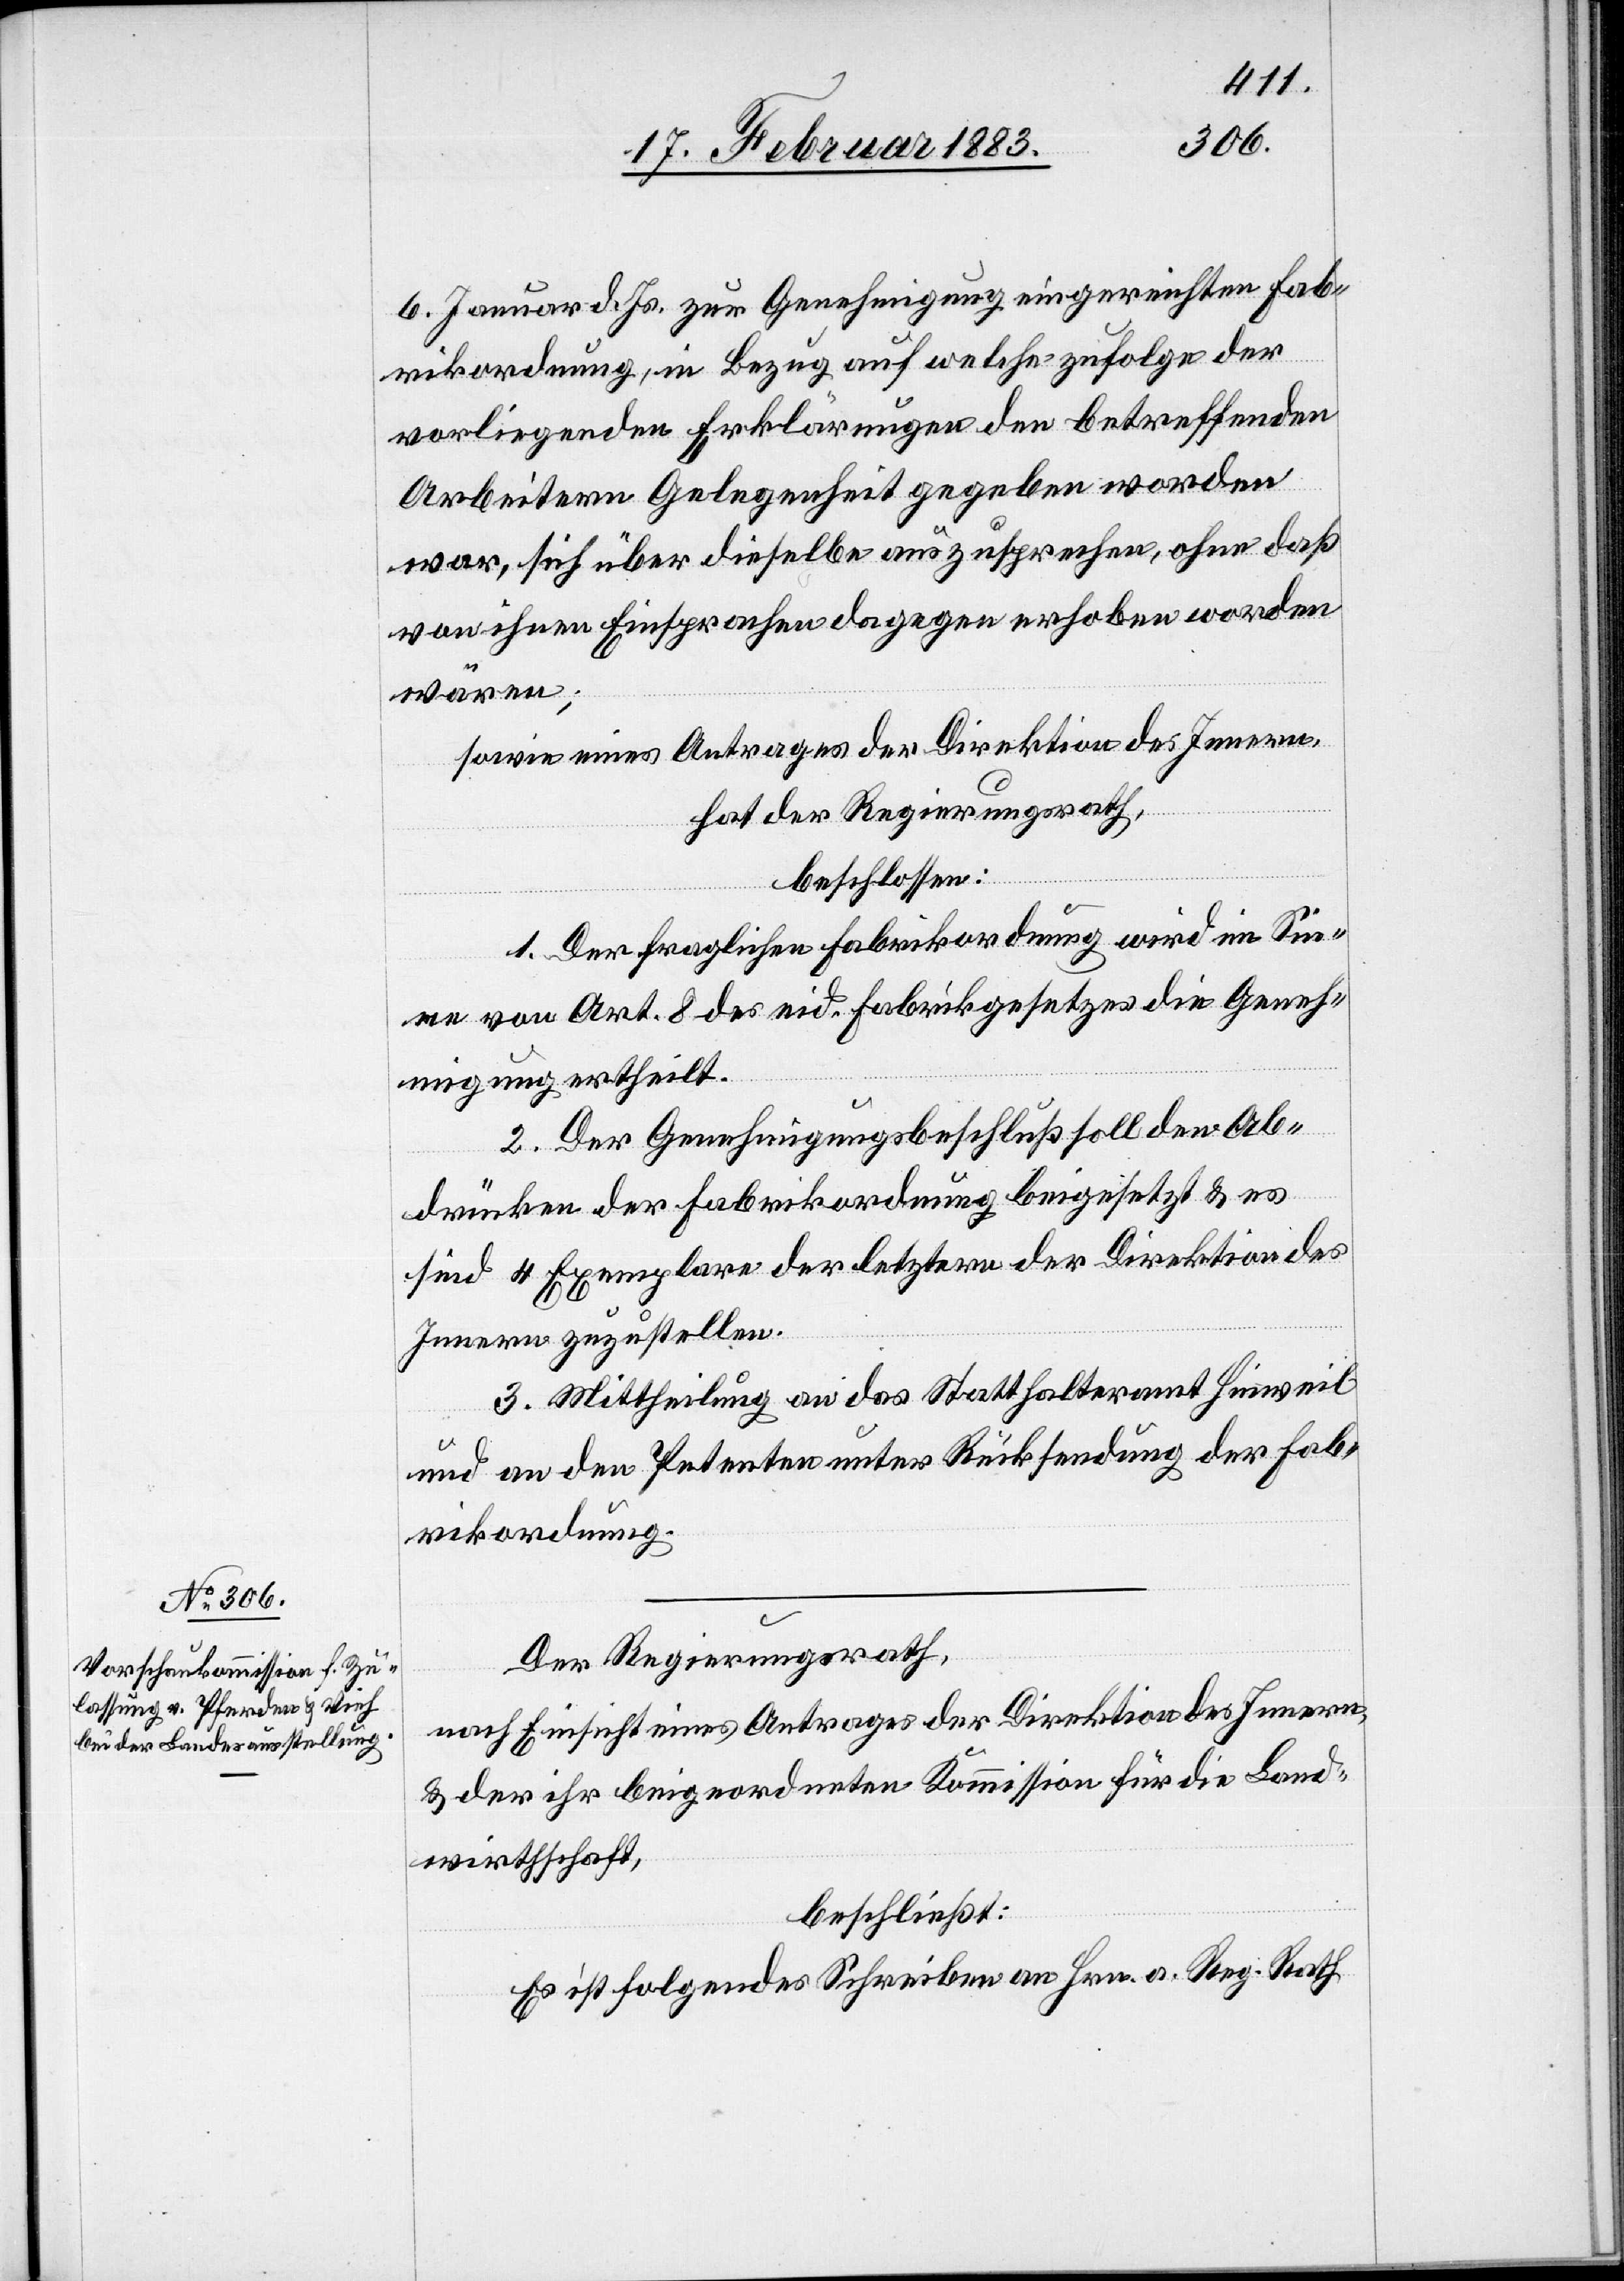
6. Januar d. Js. zur Genehmigung eingereichten Fab¬
rikordnung, in Bezug auf welche zufolge der
vorliegenden Erklärungen den betreffenden
Arbeitern Gelegenheit gegeben worden
war, sich über dieselbe auszusprechen, ohne daß
von ihnen Einsprachen dagegen erhoben worden
wären;
sowie eines Antrages der Direktion des Innern,
hat der Regierungsrath,
beschlossen:
1. Der fraglichen Fabrikordnung wird im Sin¬
ne von Art. 8 des eid. Fabrikgesetzes die Geneh¬
migung ertheilt.
2. Der Genehmigungsbeschluß soll den Ab¬
drücken der Fabrikordnung beigesetzt [wer¬
sind 4 Exemplare der letztern der Direktion des
Innern zuzustellen.
3. Mittheilung an das Statthalteramt Hinweil
und an den Petenten unter Rücksendung der Fab¬
rikordnung.
Der Regierungsrath,
nach Einsicht eines Antrages der Direktion des Innern,
& der ihr beigeordneten Kommission für die Land¬
wirthschaft,
es
beschließt:
Es ist folgendes Schreiben an Hrn. a. Reg. Rath